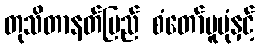
တုသိတာနတ်ပြည် စံတော်မူပုံနှင့်